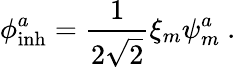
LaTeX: \phi_{\mathrm{inh}}^{a}=\frac{1}{2\sqrt{2}}\xi_{m}\psi_{m}^{a}~.